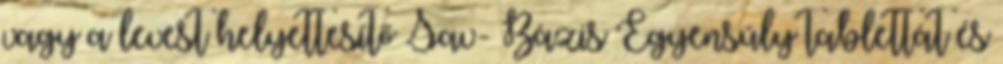
vagy a levest helyettesítő Sav- Bázis Egyensúly tablettát és